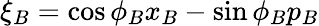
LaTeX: \xi_{B}=\cos\phi_{B}x_{B}-\sin\phi_{B}p_{B}